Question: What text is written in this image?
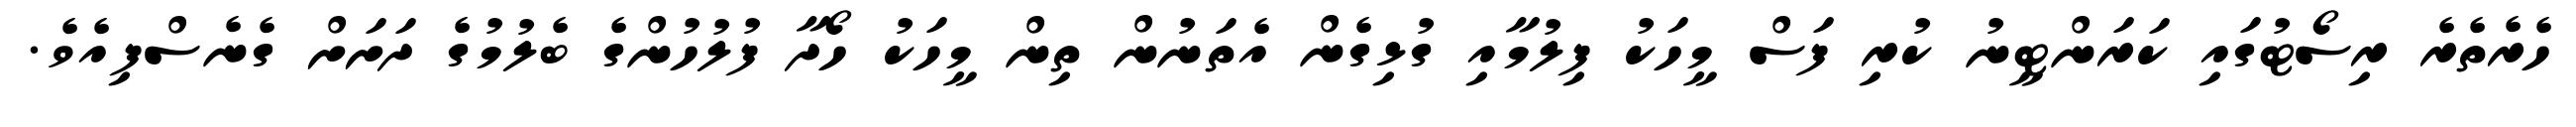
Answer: ހެރެތެރެ ރިސޯޓުގައި ކަރަންޓީނު ކުރި ފަސް މީހަކު ފިލުމާއި ގުޅިގެން އެތަނުން ތިން މީހަކު ހޯދާ ފުލުހުންގެ ބެލުމުގެ ދަށަށް ގެނެސްފިއެވެ.